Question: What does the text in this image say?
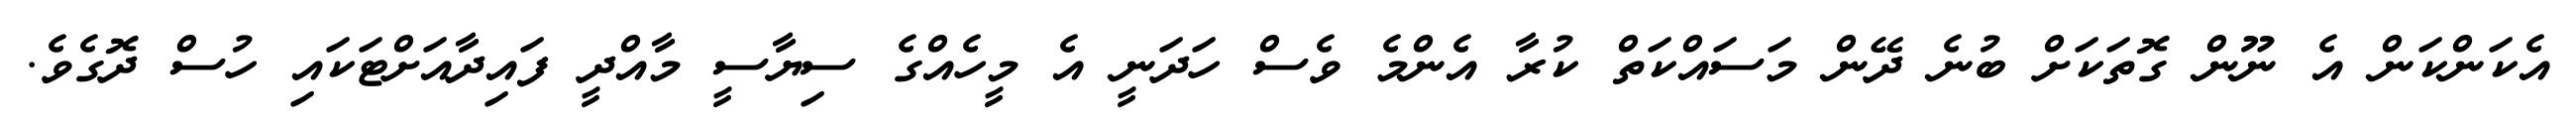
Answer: އެކަންކަން އެ ނޫން ގޮތަކަށް ބުނެ ދޭން މަސައްކަތް ކުރާ އެންމެ ވެސް ހަދަނީ އެ މީހެއްގެ ސިޔާސީ މާއްދީ ފައިދާއަށްޓަކައި ހުސް ދޮގެވެ.